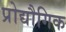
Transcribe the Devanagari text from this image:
प्रोद्यौगिक